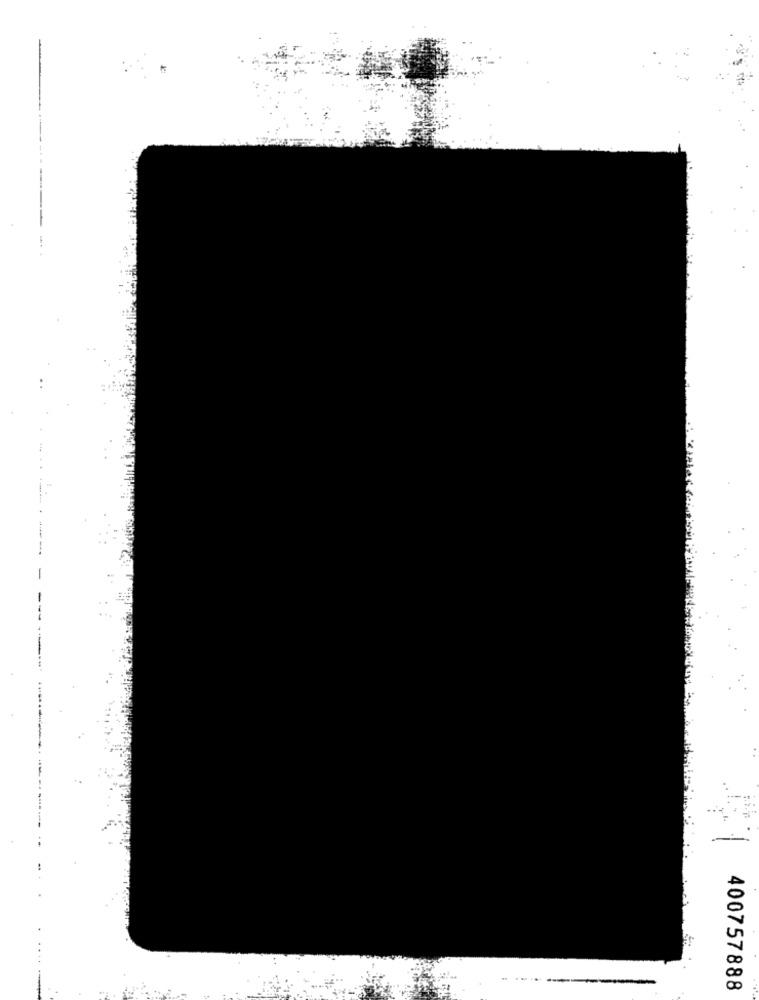
----
-------
400757888